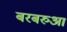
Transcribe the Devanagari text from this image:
बरबरुआ